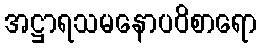
အဋ္ဌာရသမနောပဝိစာရော